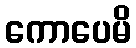
ကောပေမိ